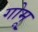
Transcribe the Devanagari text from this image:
गोमू